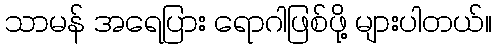
သာမန် အရေပြား ရောဂါဖြစ်ဖို့ များပါတယ်။